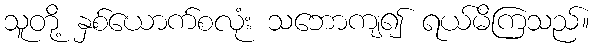
သူတို့ နှစ်ယောက်စလုံး သဘောကျ၍ ရယ်မိကြသည်။